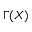
\Gamma ( X )